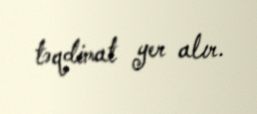
təqdimat yer alır.